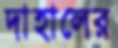
দাহালের